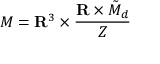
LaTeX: { \cal M } = { \bf R } ^ { 3 } \times \frac { { \bf R } \times \tilde { \cal M } _ { d } } { Z }